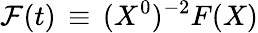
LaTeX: {\cal F}(t)\, \equiv\, (X^{0})^{-2}F(X)